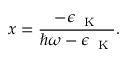
x = \frac { - \epsilon _ { \mathrm { ~ \tiny ~ K ~ } } } { \hbar \omega - \epsilon _ { \mathrm { ~ \tiny ~ K ~ } } } .